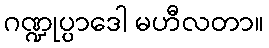
ဂဏ္ဍုပ္ပာဒေါ မဟီလတာ။